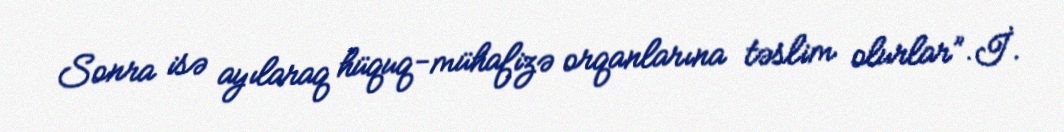
Sonra isə ayılaraq hüquq-mühafizə orqanlarına təslim olurlar”.İ.